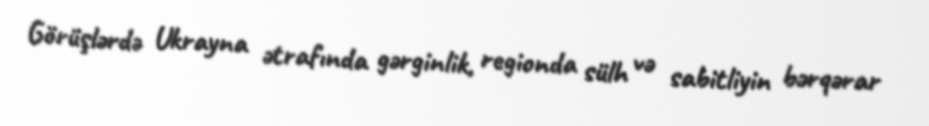
Görüşlərdə Ukrayna ətrafında gərginlik, regionda sülh və sabitliyin bərqərar